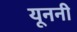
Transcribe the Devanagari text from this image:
यूननी